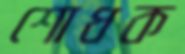
শোধক